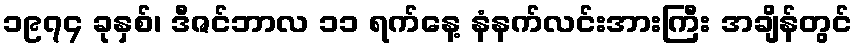
၁၉၇၄ ခုနှစ်၊ ဒီဇင်ဘာလ ၁၁ ရက်နေ့ နံနက်လင်းအားကြီး အချိန်တွင်